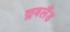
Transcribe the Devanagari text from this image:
क्लबलैंड